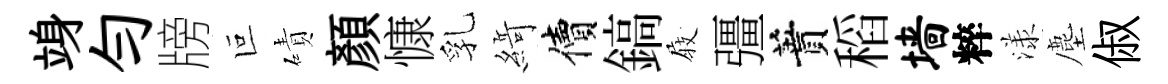
竧勻牓叵磧顏慷乳𦂶價鎬𡲆彊蕡稻墙粹漾塵俶